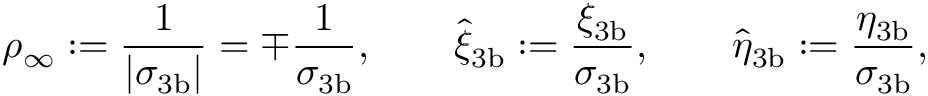
\rho _ { \infty } : = \frac { 1 } { | \sigma _ { 3 \mathrm { b } } | } = \mp \frac { 1 } { \sigma _ { 3 \mathrm { b } } } , \qquad \hat { \xi } _ { 3 \mathrm { b } } : = \frac { \xi _ { 3 \mathrm { b } } } { \sigma _ { 3 \mathrm { b } } } , \qquad \hat { \eta } _ { 3 \mathrm { b } } : = \frac { \eta _ { 3 \mathrm { b } } } { \sigma _ { 3 \mathrm { b } } } ,